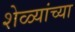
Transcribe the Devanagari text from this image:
शेळ्यांच्या